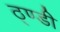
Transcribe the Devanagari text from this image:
ठ्ण्डी